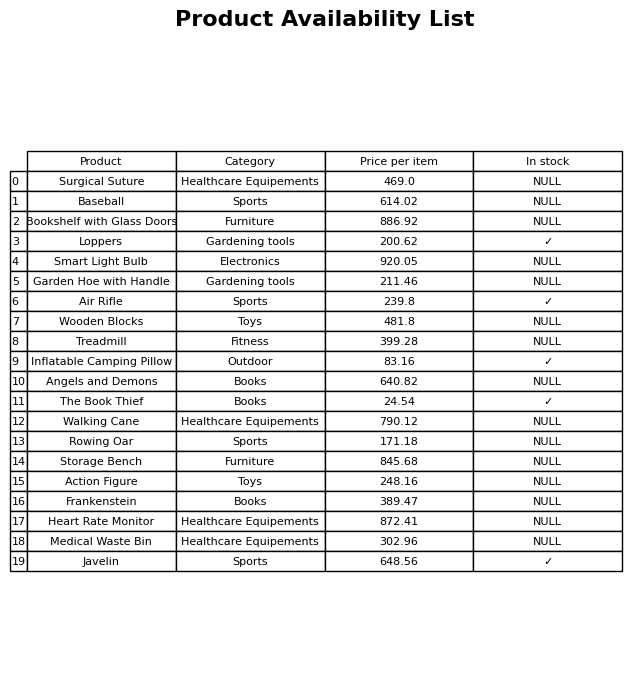
question: What is the price for Medical Waste Bin?
answer: The price of Medical Waste Bin is 302.96.